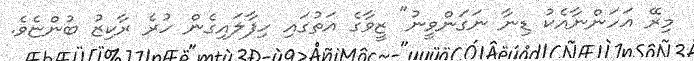
މިރޭ އަހަންނާއެކު ޑިނާ ނަގަންވީނު" ޒީވާގެ އަތުގައި ހިފާލައިގެން ހުރެ ރާކިޒު ބުންޏެވެ.